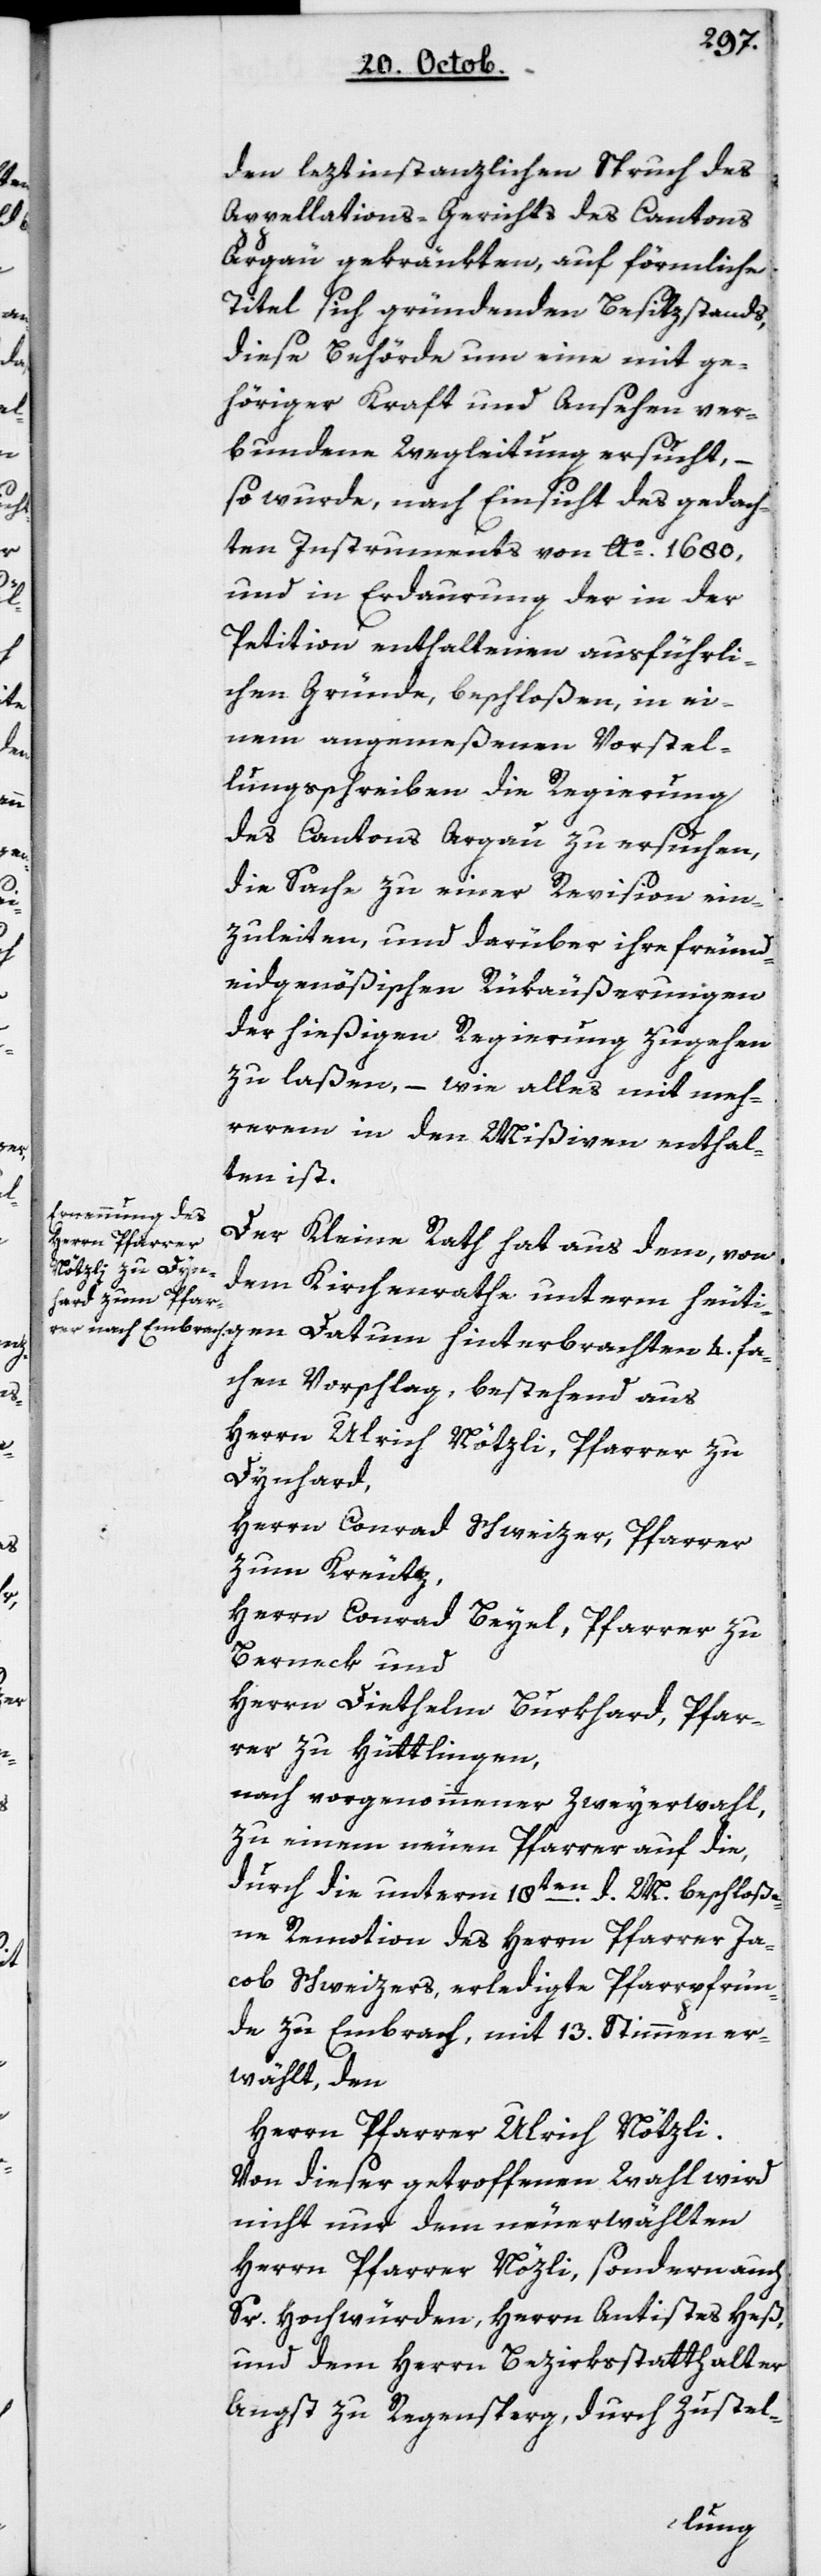
vierfa¬

den leztinstanzlichen Spruch des
Appellations-Gerichts des Cantons
Argau gekränkten, auf förmliche
Titel sich gründenden Besitzstands,
diese Behörde um eine mit ge¬
höriger Kraft und Ansehen ver¬
bundene Wegleitung ersucht, –
so wurde, nach Einsicht des gedach¬
ten Instruments von Ao. 1680,
und in Erdaurung der in der
Petition enthaltenen ausführli¬
chen Gründe, beschloßen, in ei¬
nem angemeßenen Vorstel¬
lungsschreiben die Regierung
des Cantons Argau zu ersuchen,
die Sache zu einer Revision ein¬
zuleiten, und darüber ihre freund¬
eidgenößischen Rükäußerungen
der hießigen Regierung zugehen
zu laßen, – wie alles mit meh¬
rerem in den Mißiven enthal¬
ten ist.
Der Kleine Rath hat aus dem, von
dem Kirchenrathe unterm heuti¬
chen Vorschlag, bestehend aus
Herrn Ulrich Nötzli, Pfarrer zu
Dynhard;
Herrn Conrad Schweizer, Pfarrer
zum Kreuz;
Herrn Conrad Beyel, Pfarrer zu
Bernek; und
Herrn Diethelm Burkhard, Pfar¬
rer zu Hüttlingen;
nach vorgenommener Zweyerwahl,
zu einem neuen Pfarrer auf die,
durch die unterm 18ten d. M. beschloße¬
ne Remotion des Herrn Pfarrer Ja¬
cob Schweizers erledigte Pfarrpfrün¬
de zu Embrach, mit 13 Stimmen er¬
wählt den
Herrn Pfarrer Ulrich Nötzli.
Von dieser getroffenen Wahl wird
nicht nur dem neuerwählten
Herrn Pfarrer Nötzli, sondern auch
Sr Hochwürden Herrn Antistes Heß
und dem Herrn Bezirksstatthalter
Angst zu Regensperg, durch Zustel-